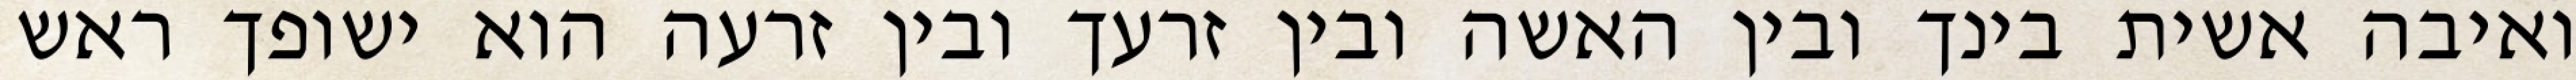
ואיבה אשית בינך ובין האשה ובין זרעך ובין זרעה הוא ישופך ראש